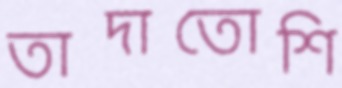
তাদাতোশি